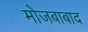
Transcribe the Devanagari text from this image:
मोजबाबाद